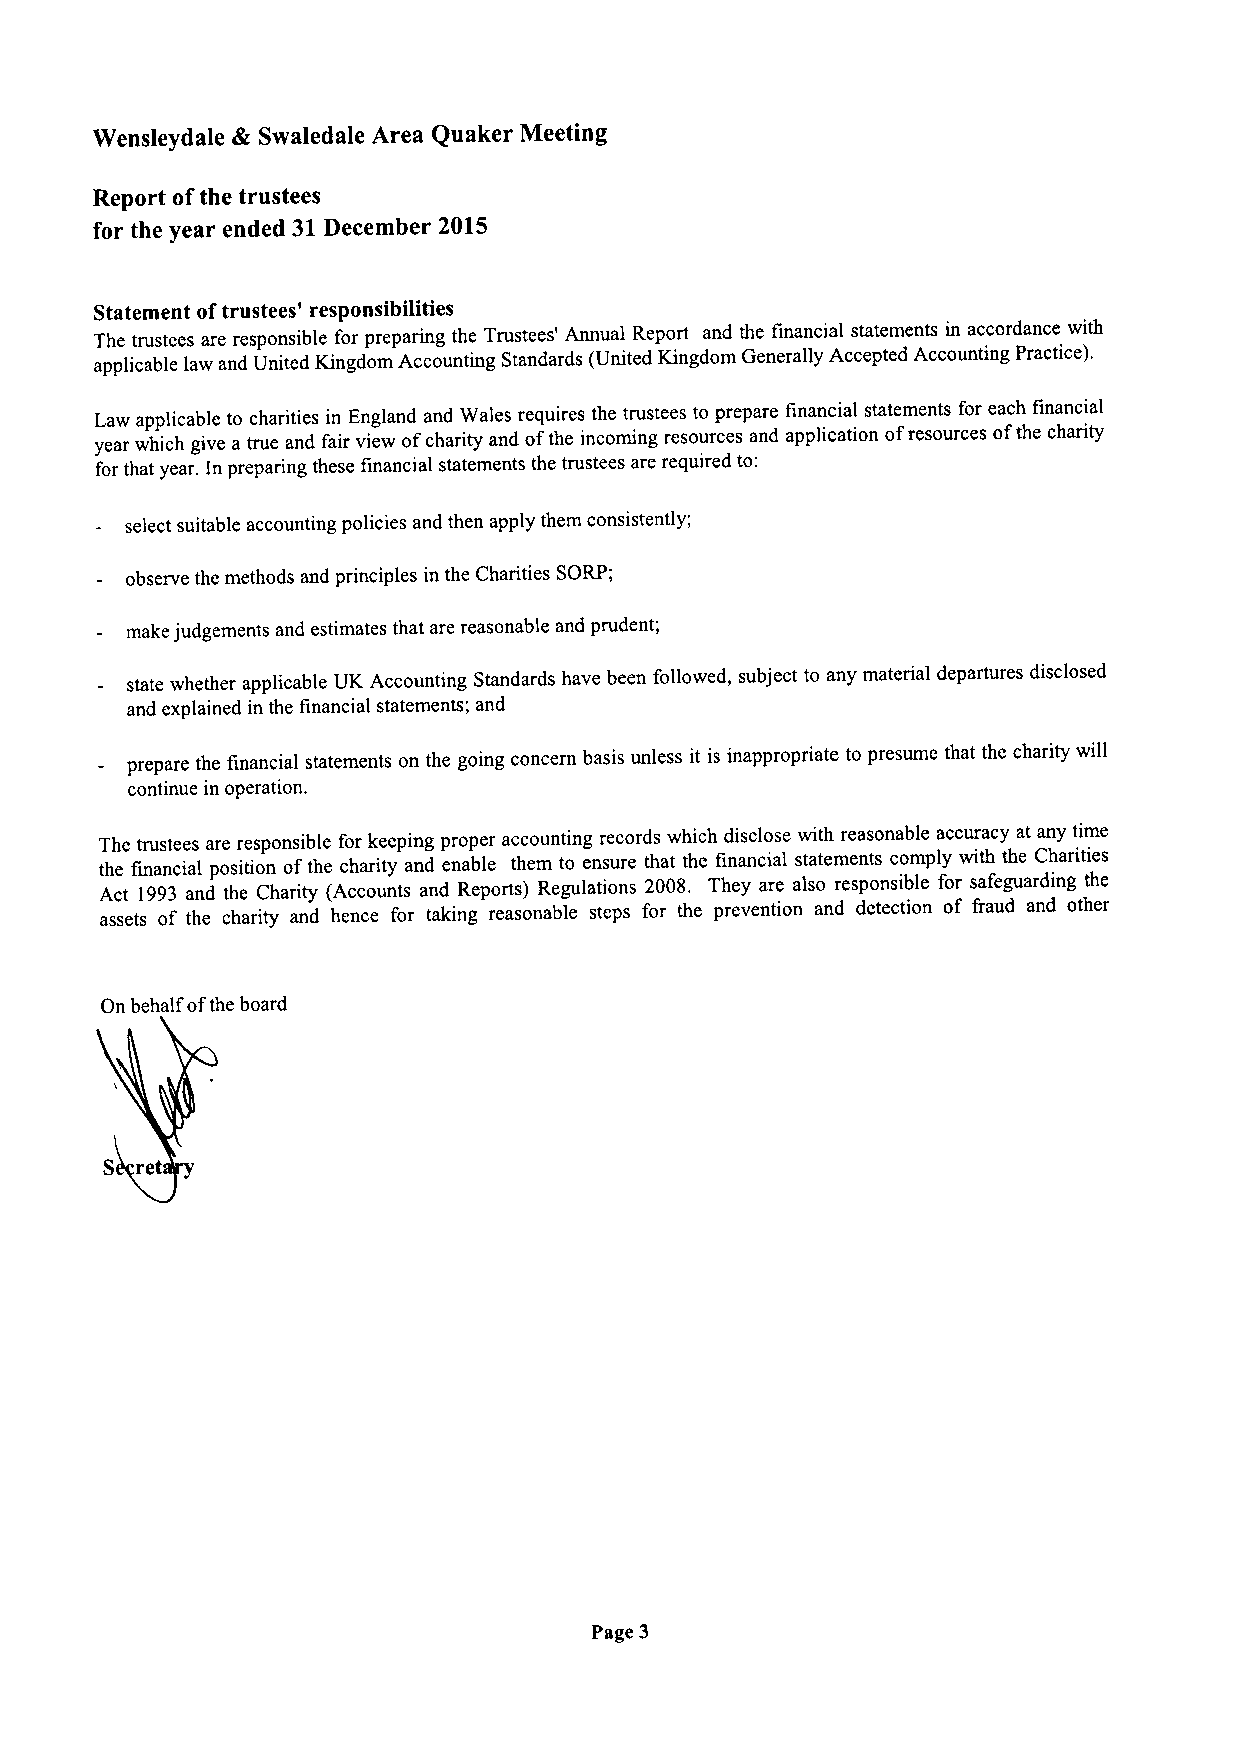
4
 Wensleydale Swaledale Area Quaker Meeting
 Report ofthe trustees
 for the year ended 31December 2015
 Statement oftrustees' responsibilities
 The trustees are responsible for preparing the Trustees' Annual Report and the financial statements in accordance with
 applicable law and United Kingdom Accounting Standards (United Kingdom Generally Accepted Accounting Practice).
 Law applicable to charities in England and Wales requires the trustees to prepare financial statements for each financial
 year which give a true and fair view ofcharity and ofthe incoming resources and application ofresources ofthe charity
 for that year. In preparing these financial statements the trustees are required to:
 select suitable accounting policies and then apply them consistently;
 observe the methods and principles in the Charities SORP;
 make judgements and estimates that are reasonable and prudent;
 state whether applicable UK Accounting Standards have been followed, subject to any material departures disclosed
 and explained in the financial statements; and
 prepare the financial statements on the going concern basis unless it is inappropriate to presume that the charity will
 continue in operation.
 The trustees are responsible for keeping proper accounting records which disclose with reasonable accuracy at any time
 the financial position ofthe charity and enable them to ensure that the financial statements comply with the Charities
 Act 1993 and the Charity (Accounts and Reports) Regulations 2008, They are also responsible for safeguarding the
 assets of the charity and hence for taking reasonable steps for the prevention and detection of fraud and other
 On behalf ofthe board
 S ret
 Page 3